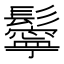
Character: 鬡